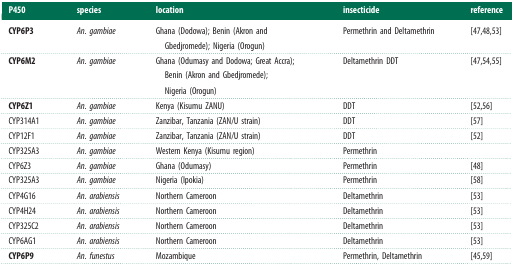
| P450 | species | location | insecticide | reference |
 | --- | --- | --- | --- | --- |
 | CYP6P3 | An. gambiae | Ghana (Dodowa); Benin (Akron and Gbedjromede); Nigeria (Orogun) | Permethrin and Deltamethrin | [47,48,53] |
 | CYP6M2 | An. gambiae | Ghana (Odumasy and Dodowa; Great Accra); Benin (Akron and Gbedjromede); Nigeria (Orogun) | Deltamethrin DDT | [47,54,55] |
 | CYP6Z1 | An. gambiae | Kenya (Kisumu ZANU) | DDT | [52,56] |
 | CYP314A1 | An. gambiae | Zanzibar, Tanzania (ZAN/U strain) | DDT | [57] |
 | CYP12F1 | An. gambiae | Zanzibar, Tanzania (ZAN/U strain) | DDT | [52] |
 | CYP325A3 | An. gambiae | Western Kenya (Kisumu region) | Permethrin |  |
 | CYP6Z3 | An. gambiae | Ghana (Odumasy) | Permethrin | [48] |
 | CYP325A3 | An. gambiae | Nigeria (Ipokia) | Permethrin | [58] |
 | CYP4G16 | An. arabiensis | Northern Cameroon | Deltamethrin | [53] |
 | CYP4H24 | An. arabiensis | Northern Cameroon | Deltamethrin | [53] |
 | CYP325C2 | An. arabiensis | Northern Cameroon | Deltamethrin | [53] |
 | CYP6AG1 | An. arabiensis | Northern Cameroon | Deltamethrin | [53] |
 | CYP6P9 | An. funestus | Mozambique | Permethrin, Deltamethrin | [45,59] |